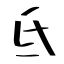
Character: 氐